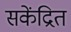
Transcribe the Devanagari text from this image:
सकेंद्रित